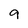
Character: 9